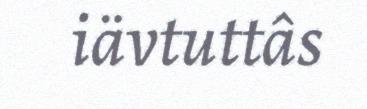
iävtuttâs